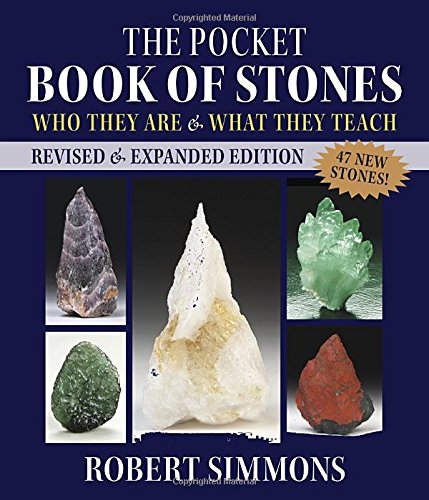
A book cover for The Pocket Book of Stones, Revised Edition: Who They Are and What They Teach; Robert Simmons; Science & Math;